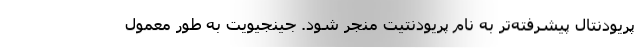
پریودنتال پیشرفته‌تر به نام پریودنتیت منجر شود. جینجیویت به طور معمول